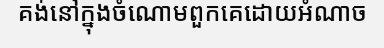
គង់នៅក្នុងចំណោមពួកគេដោយអំណាច